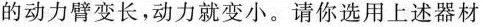
的动力臂变长，动力就变小。请你选用上述器材